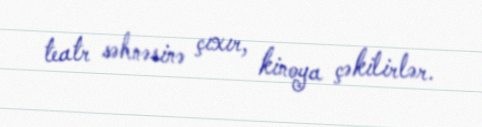
teatr səhnəsinə çıxır, kinoya çəkilirlər.